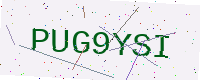
Text: PUG9YSI